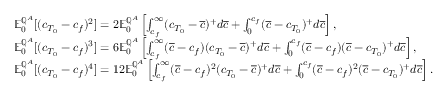
\begin{array} { r l } & { { \mathbb E } _ { 0 } ^ { { \mathbb Q } ^ { A } } [ ( c _ { T _ { 0 } } - c _ { f } ) ^ { 2 } ] = 2 { \mathbb E } _ { 0 } ^ { { \mathbb Q } ^ { A } } \left[ \int _ { c _ { f } } ^ { \infty } ( c _ { T _ { 0 } } - \overline { { c } } ) ^ { + } d \overline { { c } } + \int _ { 0 } ^ { c _ { f } } ( \overline { { c } } - c _ { T _ { 0 } } ) ^ { + } d \overline { { c } } \right] , } \\ & { { \mathbb E } _ { 0 } ^ { { \mathbb Q } ^ { A } } [ ( c _ { T _ { 0 } } - c _ { f } ) ^ { 3 } ] = 6 { \mathbb E } _ { 0 } ^ { { \mathbb Q } ^ { A } } \left[ \int _ { c _ { f } } ^ { \infty } ( \overline { { c } } - c _ { f } ) ( c _ { T _ { 0 } } - \overline { { c } } ) ^ { + } d \overline { { c } } + \int _ { 0 } ^ { c _ { f } } ( \overline { { c } } - c _ { f } ) ( \overline { { c } } - c _ { T _ { 0 } } ) ^ { + } d \overline { { c } } \right] , } \\ & { { \mathbb E } _ { 0 } ^ { { \mathbb Q } ^ { A } } [ ( c _ { T _ { 0 } } - c _ { f } ) ^ { 4 } ] = 1 2 { \mathbb E } _ { 0 } ^ { { \mathbb Q } ^ { A } } \left[ \int _ { c _ { f } } ^ { \infty } ( \overline { { c } } - c _ { f } ) ^ { 2 } ( c _ { T _ { 0 } } - \overline { { c } } ) ^ { + } d \overline { { c } } + \int _ { 0 } ^ { c _ { f } } ( \overline { { c } } - c _ { f } ) ^ { 2 } ( \overline { { c } } - c _ { T _ { 0 } } ) ^ { + } d \overline { { c } } \right] . } \end{array}